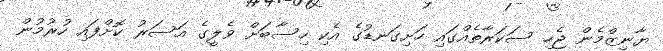
ޔާނިޒްމެން ޖެހި ސަކަރާތެއްގައި ހަށިގަނޑުގެ އެކި ހިސާބަށް ވެލީގެ އަސަރު ކޮށްފައި ހުރުމުން